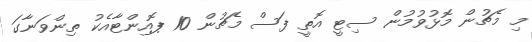
މި މެޗުން މޮޅުވުމުން ސިޓީ އޮތީ ފަސް މެޗުން 10 ޕޮއިންޓާއެކު ތިންވަނާގަ